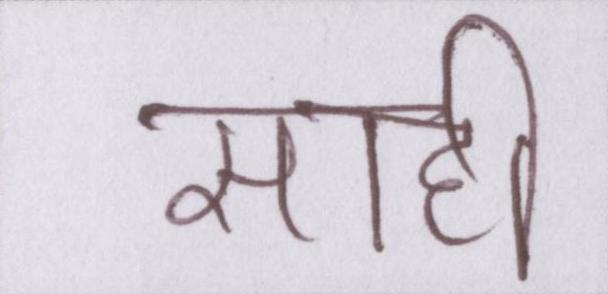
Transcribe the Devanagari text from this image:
साही